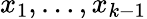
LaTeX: x_{1},\dots,x_{k-1}